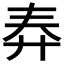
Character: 𱝔